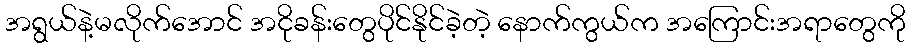
အရွယ်နဲ့မလိုက်အောင် အငိုခန်းတွေပိုင်နိုင်ခဲ့တဲ့ နောက်ကွယ်က အကြောင်းအရာတွေကို